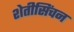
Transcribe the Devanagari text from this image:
शेतीसिंचन